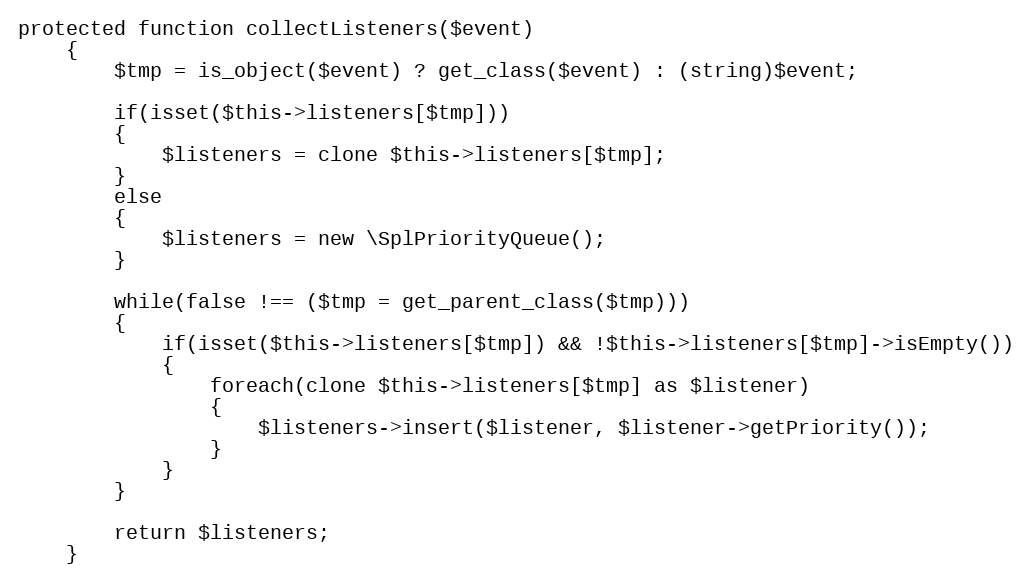
Language: PHP
protected function collectListeners($event)
	{
		$tmp = is_object($event) ? get_class($event) : (string)$event;

		if(isset($this->listeners[$tmp]))
		{
			$listeners = clone $this->listeners[$tmp];
		}
		else
		{
			$listeners = new \SplPriorityQueue();
		}

		while(false !== ($tmp = get_parent_class($tmp)))
		{
			if(isset($this->listeners[$tmp]) && !$this->listeners[$tmp]->isEmpty())
			{
				foreach(clone $this->listeners[$tmp] as $listener)
				{
					$listeners->insert($listener, $listener->getPriority());
				}
			}
		}

		return $listeners;
	}